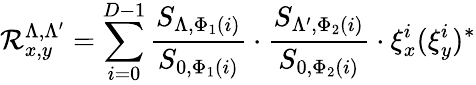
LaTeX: \mathcal{R}_{x,y}^{\Lambda,\Lambda^{\prime}}=\sum_{i=0}^{D-1}\frac{{S_{\Lambda,\Phi_{1}(i)}}}{{S_{0,\Phi_{1}(i)}}}\cdot\frac{{S_{\Lambda^{\prime},\Phi_{2}(i)}}}{{S_{0,\Phi_{2}(i)}}}\cdot\xi_{x}^{i}(\xi_{y}^{i})^{*}